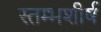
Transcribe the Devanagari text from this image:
स्तम्भशीर्ष